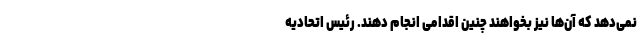
نمی‌دهد که آن‌ها نیز بخواهند چنین اقدامی انجام دهند. رئیس اتحادیه